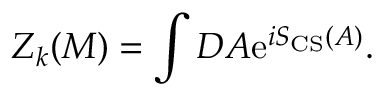
Z _ { k } ( M ) = \int { \cal D } A \mathrm { e } ^ { i S _ { \mathrm { C S } } ( A ) } .